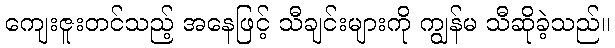
ကျေးဇူးတင်သည့် အနေဖြင့် သီချင်းများကို ကျွန်မ သီဆိုခဲ့သည်။